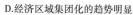
D.经济区域集团化的趋势明显